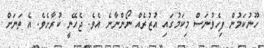
ހޫނުކަމުން ފިހެވުނަސް މިކަމުގައި އުޒުރެއް ނޯންނާނެ އެވެ. ޖެހޭނީ ކުރާށެވެ. އެ ތަނަށް